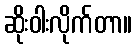
ဆိုးဝါးလိုက်တာ။